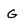
Character: G